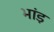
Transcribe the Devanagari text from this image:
भांड़